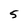
Character: 5